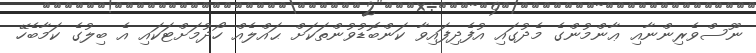
ނޫސްވެރިންނާއި ޢާންމުންގެ މެދުގައި އުފެދިފައިވާ ކަންބޮޑުވުންތަކަށް ޙައްލެއް ހޯދުމަށްޓަކައި އެ ބިލުގެ ކަމާބެހޭ